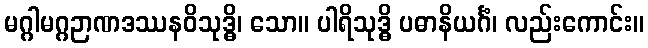
မဂ္ဂါမဂ္ဂဉာဏဒဿနဝိသုဒ္ဓိ၊ သော။ ပါရိသုဒ္ဓိ ပဓာနိယင်္ဂံ၊ လည်းကောင်း။